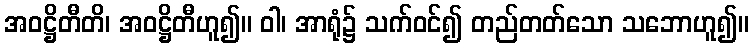
အဝဋ္ဌိတီတိ၊ အဝဋ္ဌိတီဟူ၍။ ဝါ၊ အာရုံ၌ သက်ဝင်၍ တည်တတ်သော သဘောဟူ၍။